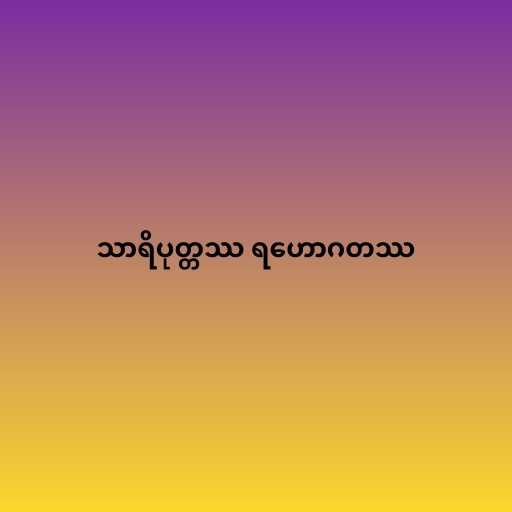
သာရိပုတ္တဿ ရဟောဂတဿ